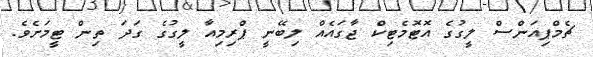
ޗެމްޕިއަންސް ލީގުގެ އޮޓޮމެޓިކް ޖާގައެއް ލިބޭނީ ޕްރިމިއާ ލީގުގެ ގަދަ ތިން ޓީމަށެވެ.